Indian journal of veterinary science and animal husbandry - Volume 5,
Year: 1935
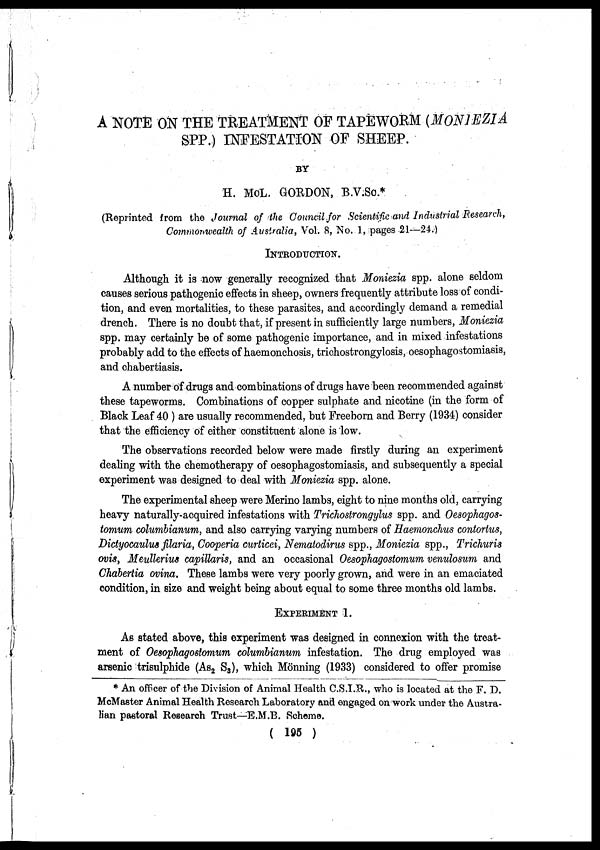
A NOTE ON THE TREATMENT OF TAPEWORM (MONIEZIA
SPP.) INFESTATION OF SHEEP.
BY
H. MCL. GORDON, B.V.Sc.*
(Reprinted from the Journal of the Council for Scientific and Industrial Research,
Commonwealth of Australia, Vol. 8, No. 1, pages 21—24.)
INTRODUCTION.
Although it is now generally recognized that Moniezia spp. alone seldom
causes serious pathogenic effects in sheep, owners frequently attribute loss of condi-
tion, and even mortalities, to these parasites, and accordingly demand a remedial
drench. There is no doubt that, if present in sufficiently large numbers, Moniezia
spp. may certainly be of some pathogenic importance, and in mixed infestations
probably add to the effects of haemonchosis, trichostrongylosis, oesophagostomiasis,
and chabertiasis.
A number of drugs and combinations of drugs have been recommended against
these tapeworms. Combinations of copper sulphate and nicotine (in the form of
Black Leaf 40 ) are usually recommended, but Freeborn and Berry (1934) consider
that the efficiency of either constituent alone is low.
The observations recorded below were made firstly during an experiment
dealing with the chemotherapy of oesophagostomiasis, and subsequently a special
experiment was designed to deal with Moniezia spp. alone.
The experimental sheep were Merino lambs, eight to nine months old, carrying
heavy naturally-acquired infestations with Trichostrongylus spp. and Oesophagos-
tomum columbianum, and also carrying varying numbers of Haemonchus contortus,
Dictyocaulus filaria, Cooperia curticei, Nematodirus spp., Moniezia spp., Trichuris
ovis, Meullerius capillaris, and an occasional Oesophagostomum venulosum and
Chabertia ovina. These lambs were very poorly grown, and were in an emaciated
condition, in size and weight being about equal to some three months old lambs.
EXPERIMENT 1.
As stated above, this experiment was designed in connexion with the treat-
ment of Oesophagostomum columbianum infestation. The drug employed was
arsenic trisulphide (As 2 S 3 ), which Mönning (1933) considered to offer promise
* An officer of the Division of Animal Health C.S.I.R., who is located at the F. D.
McMaster Animal Health Research Laboratory and engaged on work under the Austra-
lian pastoral Research Trust—E.M.B. Scheme.
( 195 )